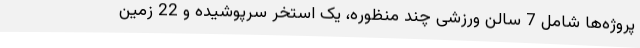
پروژه‌ها شامل 7 سالن ورزشی چند منظوره، یک استخر سرپوشیده و 22 زمین